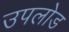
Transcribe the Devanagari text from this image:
उपलोड